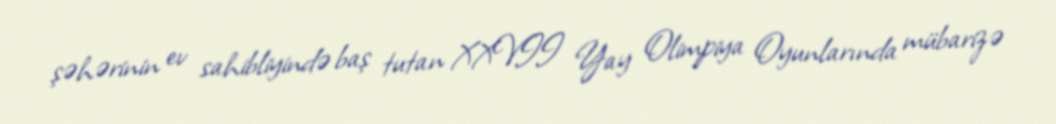
şəhərinin ev sahibliyində baş tutan XXVII Yay Olimpiya Oyunlarında mübarizə